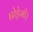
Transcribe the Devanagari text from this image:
छोड़ेगी।